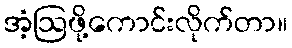
အံ့ဩဖို့ကောင်းလိုက်တာ။